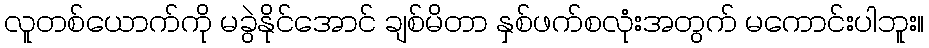
လူတစ်ယောက်ကို မခွဲနိုင်အောင် ချစ်မိတာ နှစ်ဖက်စလုံးအတွက် မကောင်းပါဘူး။